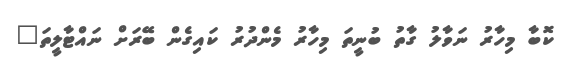
ކޮބާ މިހާރު ނަވާލު ގާތު ބުނީތަ މިހާރު މެންދުރު ކައިގެން ބޭރަށް ނައްޓާލީތަ"